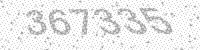
Solution: 367335